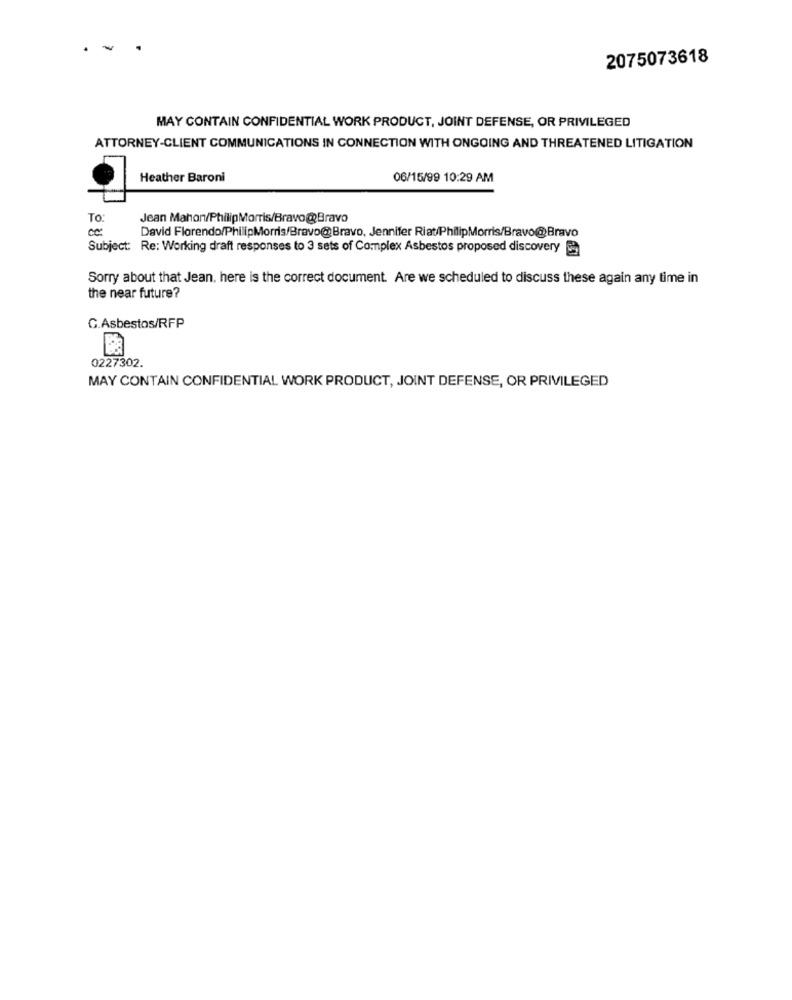
2075073618
MAY CONTAIN CONFIDENTIAL WORK PRODUCT, JOINT DEFENSE, OR PRIVILEGED
ATTORNEY-CLIENT COMMUNICATIONS IN CONNECTION WITH ONGOING AND THREATENED LITIGATION
Heather Baroni
06/15/99 10:29 AM
To:
Jean Mahon/PhilipMorris/Bravo@Bravo
David Florendo/PhilipMorris/Bravo@Bravo, Jennifer Riat/PhilipMorris/Bravo@Bravo
Subject: Re: Working draft responses to 3 sets of Complex Asbestos proposed discovery
Sorry about that Jean, here is the correct document. Are we scheduled to discuss these again any time in
the near future?
C.Asbestos/RFP
C.Asbesto
0227302.
MAY CONTAIN CONFIDENTIAL WORK PRODUCT, JOINT DEFENSE, OR PRIVILEGED